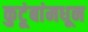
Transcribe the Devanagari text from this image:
कुटूंबांमधून